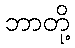
ဘာတို့